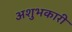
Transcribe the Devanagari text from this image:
अशुभकारी